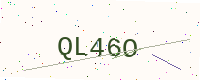
Text: QL46O